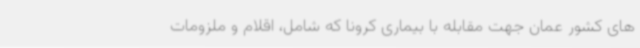
های کشور عمان جهت مقابله با بیماری کرونا که شامل، اقلام و ملزومات